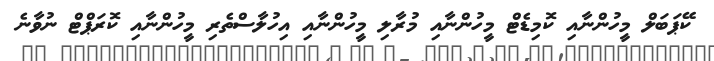
ކޭޕަބަލް މީހުންނާއި ކޮމިޑެޓް މީހުންނާއި މުރާލި މީހުންނާއި އިހުލާސްތެރި މީހުންނާއި ކޮރަޕްޓް ނުވާނެ